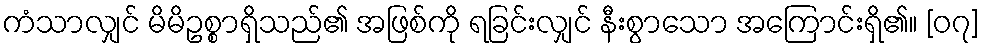
ကံသာလျှင် မိမိဥစ္စာရှိသည်၏ အဖြစ်ကို ရခြင်းလျှင် နီးစွာသော အကြောင်းရှိ၏။ [၀၇]